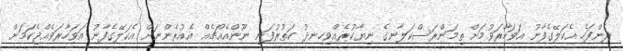
ދެންފަހެ އެކަލޭގެފާނު އަވަހާރަވުމަށް ތިމަންރަސްކަލާނގެ ނިޔާކުރެއްވިހިނދު ކަތުރުފަނި ނޫންއެއްޗެއް އެއުރެންނަށް އެކަލޭގެފާނު އަވަހާރަވެއްޖެކަމަށް